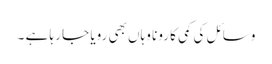
وسائل کی کمی کا رونا وہاں بھی رویا جا رہا ہے ۔